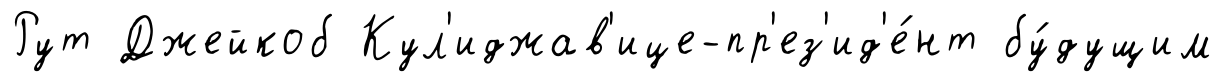
Рут Джейкоб Кул'иджав'ице-пр'ез'ид'е́нт бу́дущим